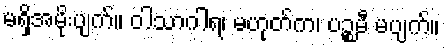
မရှိအမိုးပျက်။ ဝါသာဂါရ၊ မဟုတ်က၊ ပဉ္စမီ မပျက်။